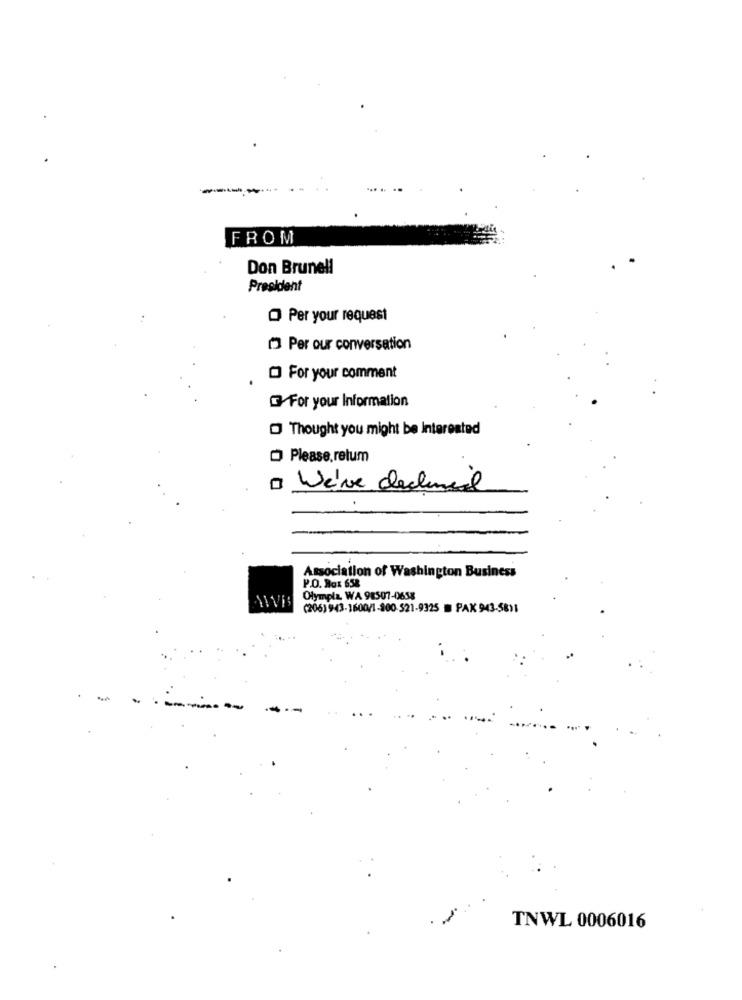
-
FROM
Don Brunell
President
O Per your request
Per our conversation
For your comment
For your Information
O Thought you might be Interested
Please, retum
0 We've declined
Association of Washington Business
P.O. Box 65%
Olympia, WA 98507-0658
(206) 943-1600/1-800-521-9325 = PAX 943-5811
------
TNWL 0006016